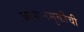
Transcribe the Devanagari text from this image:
व्यसनमुक्तीची